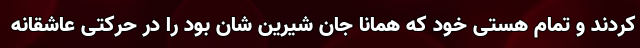
کردند و تمام هستی خود که همانا جان شیرین شان بود را در حرکتی عاشقانه